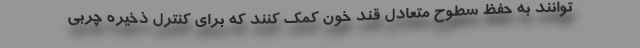
توانند به حفظ سطوح متعادل قند خون کمک کنند که برای کنترل ذخیره چربی